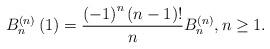
LaTeX: \begin{align*}B_{n}^{\left( n\right) }\left( 1\right) =\frac{\left( -1\right)^{n}\left( n-1\right) !}{n}B_{n}^{\left( n\right) },n\geq1.\end{align*}